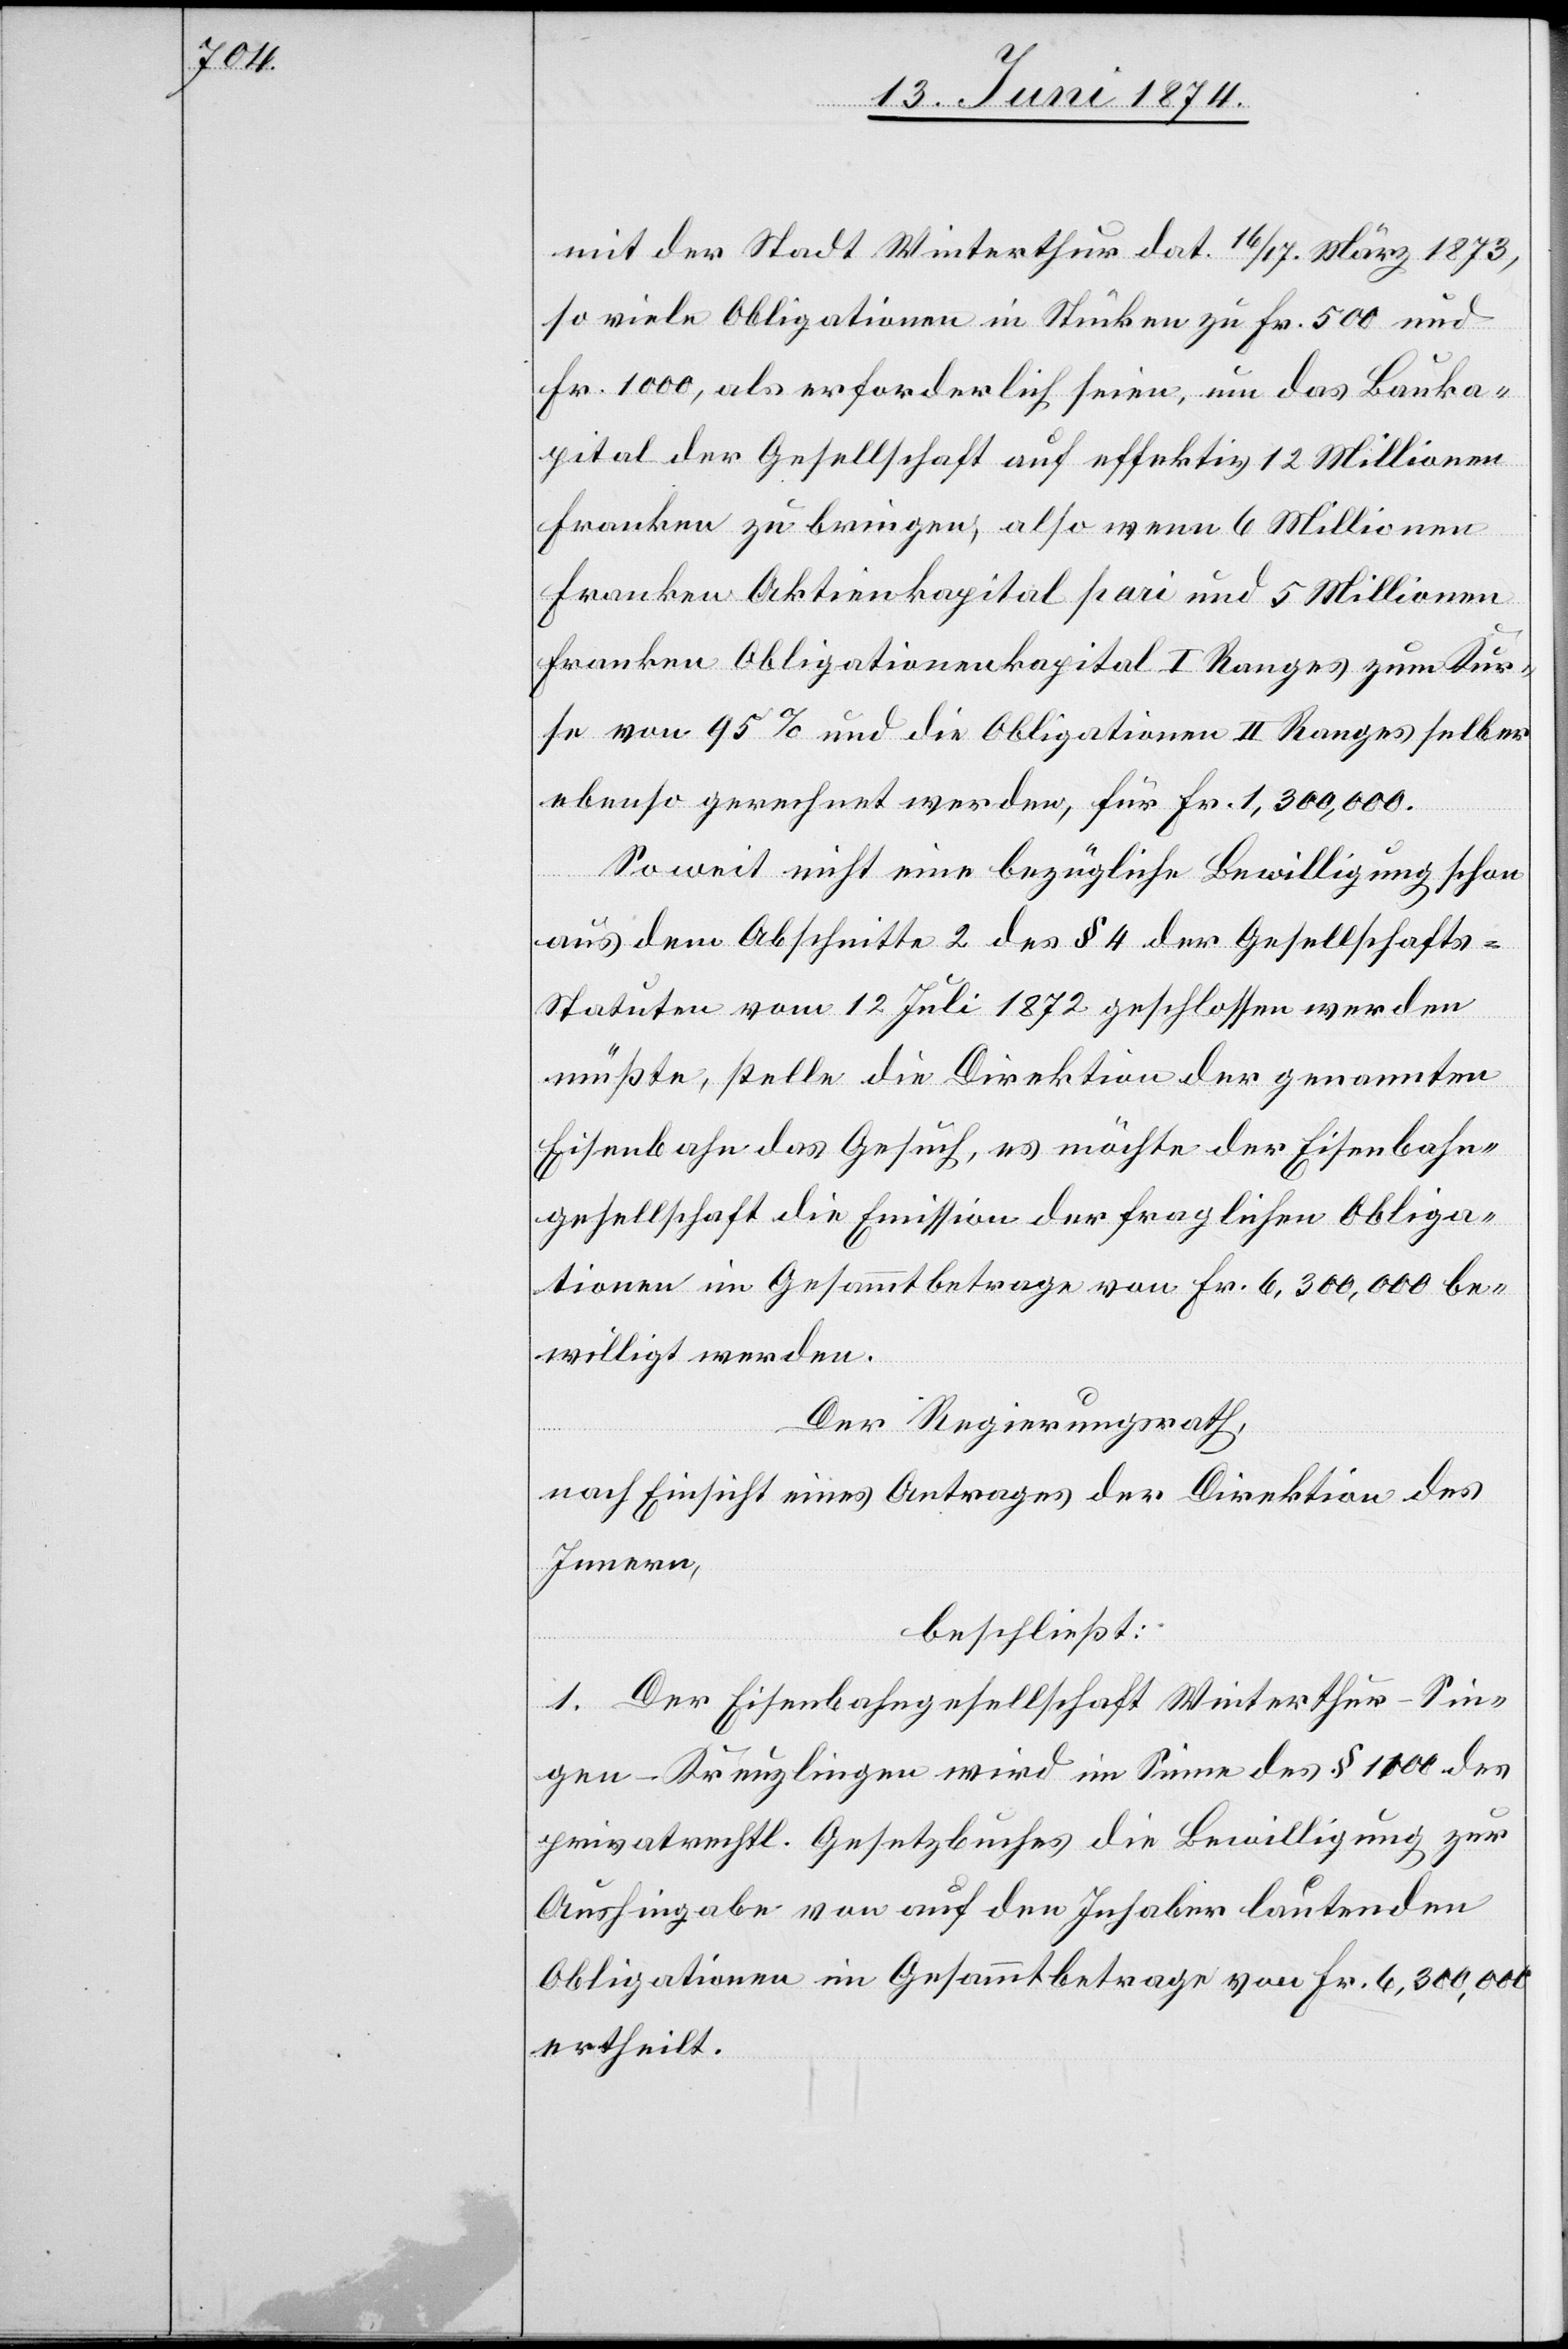
selber

mit der Stadt Winterthur dat. 16./17. März 1873,
so viele Obligationen in Stücken zu Fr. 500 und
Fr. 1000, als erforderlich seien, um das Bauka¬
pital der Gesellschaft auf effektiv 12 Millionen
Franken zu bringen, also wenn 6 Millionen
Franken Aktienkapital I Ranges zum Kurse
ebenso gerechnet werden, für Fr. 1,300,000.
So weit nicht eine bezügliche Bewilligung schon
aus dem Abschnitte 2 des § 4 der Gesellschafts-S¬
tatuten vom 12. Juli 1872 geschlossen werden
müßte, stelle die Direktion der genannten
Eisenbahn das Gesuch, es möchte der Eisenbahn¬
gesellschaft die Emission der fraglichen Obliga¬
tionen im Gesammtbetrage von Fr. 6,300,000 be¬
willigt werden.
Der Regierungsrath,
nach Einsicht eines Antrages der Direktion des
Innern,
beschließt:
1. Der Eisenbahngesellschaft Winterthur-Sin¬
gen-Kreuzlingen wird im Sinne des § 1100 des
privatrechtl. Gesetzbuches die Bewilligung zur
Aushingabe von auf den Inhaber lautenden
Obligationen im Gesammtbetrage von Fr. 6,300,000
ertheilt.